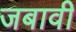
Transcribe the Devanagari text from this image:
जबावी